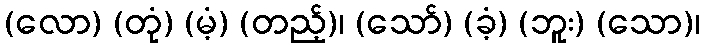
(လော) (တုံ) (မံ့) (တည့်)၊ (သော်) (ခံ့) (ဘူး) (သော)၊